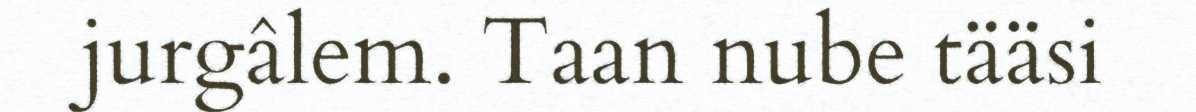
jurgâlem. Taan nube tääsi